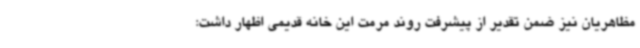
مظاهریان نیز ضمن تقدیر از پیشرفت روند مرمت این خانه قدیمی اظهار داشت: